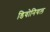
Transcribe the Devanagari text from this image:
डिवोनियल